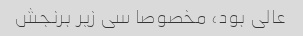
عالی بود، مخصوصا سی زیر برنجش